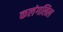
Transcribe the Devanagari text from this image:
कलंगलिल